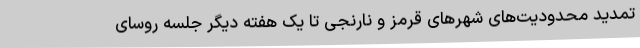
تمدید محدودیت‌های شهرهای قرمز و نارنجی تا یک هفته دیگر جلسه روسای